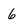
Character: 6